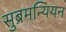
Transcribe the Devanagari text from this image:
सुब्रमन्यियन